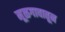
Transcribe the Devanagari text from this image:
मूळगावातून